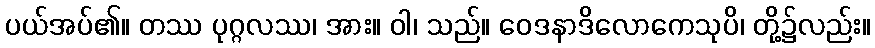
ပယ်အပ်၏။ တဿ ပုဂ္ဂလဿ၊ အား။ ဝါ၊ သည်။ ဝေဒနာဒိလောကေသုပိ၊ တို့၌လည်း။